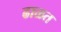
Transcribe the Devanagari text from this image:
ढाळत